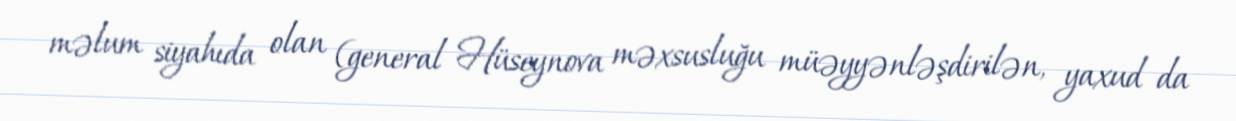
məlum siyahıda olan (general Hüseynova məxsusluğu müəyyənləşdirilən, yaxud da